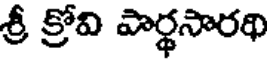
శ్రీ క్రోవి పార్థసారథి